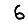
Digit: 6